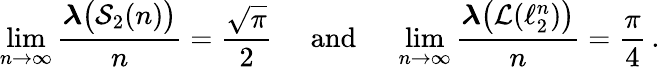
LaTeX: \operatorname*{lim}_{n\to\infty}\frac{\boldsymbol{\lambda}\big(\mathcal{S}_{2}(n)\big)}{n}=\frac{\sqrt{\pi}}{2}\, \, \, \, \, \, \, \, \mathrm{and}\, \, \, \, \, \, \, \, \operatorname*{lim}_{n\to\infty}\frac{\boldsymbol{\lambda}\big(\mathcal L(\ell_{2}^{n})\big)}{n}=\frac{\pi}{4}\, .